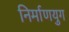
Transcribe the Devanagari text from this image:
निर्माणयुग